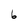
Character: 6